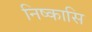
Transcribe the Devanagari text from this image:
निष्कासि